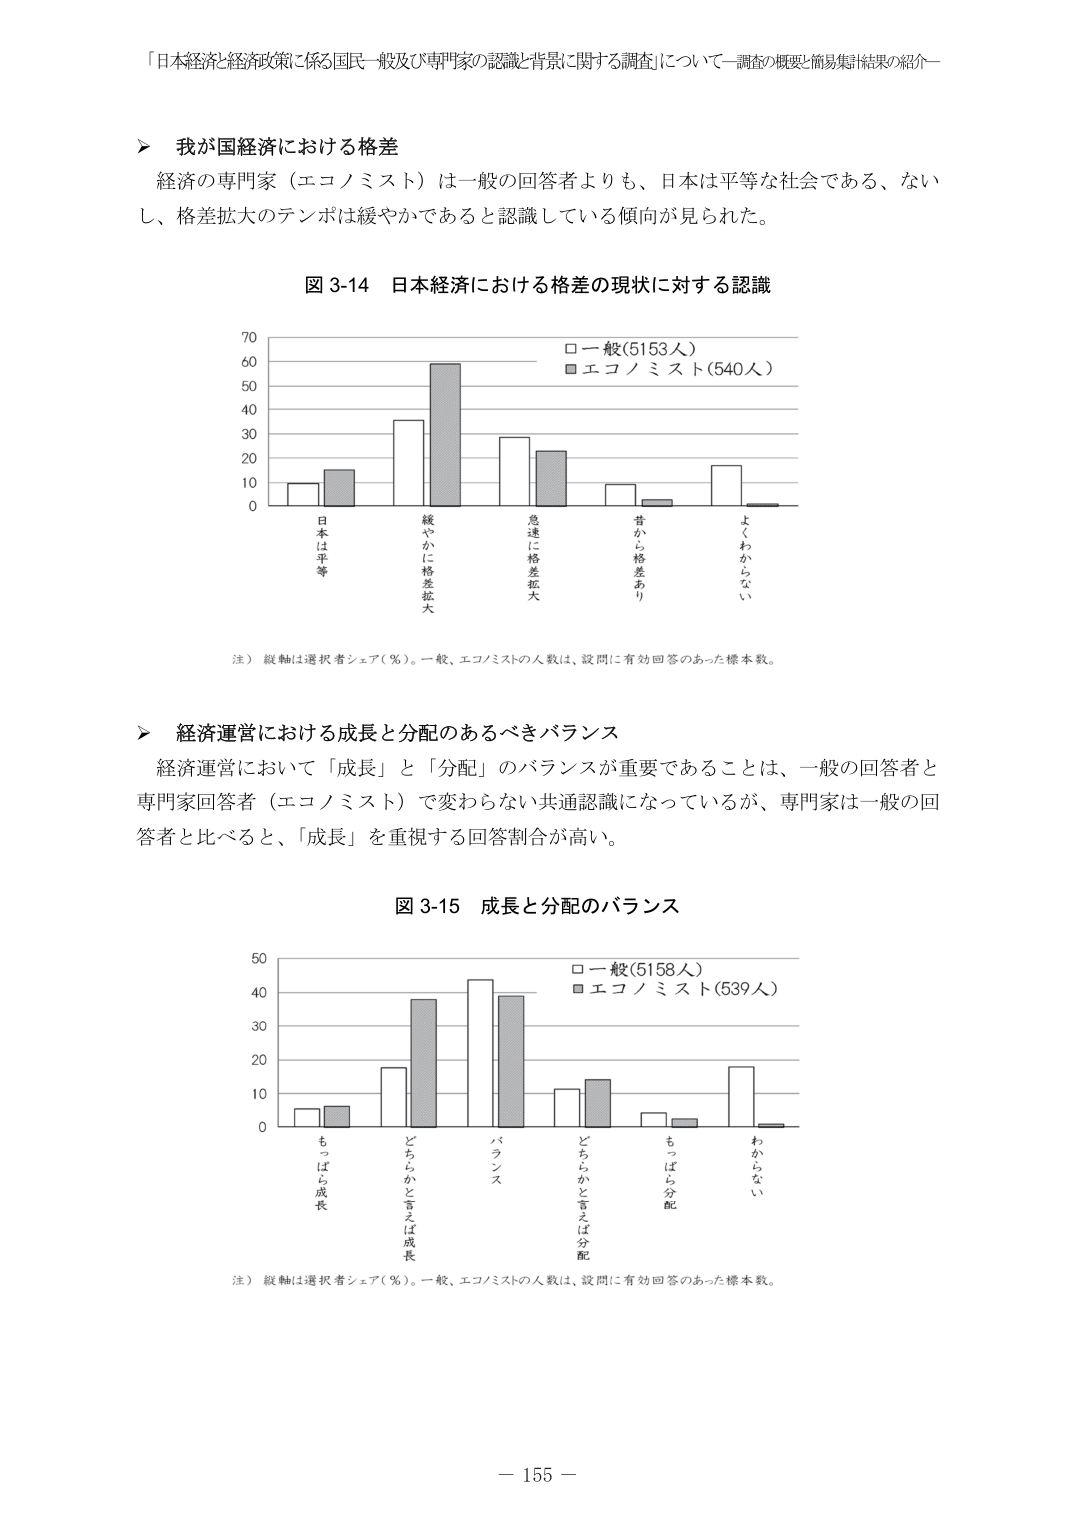
「日本経済と経済政策に係る国民一般及び専門家の認識と背景に関する調査」について－調査の概要と簡易集計結果の紹介－

▶ 我が国経済における格差
経済の専門家（エコノミスト）は一般の回答者よりも、日本は平等な社会である、ないし、格差拡大のテンポは緩やかであると認識している傾向が見られた。

図 3-14 日本経済における格差の現状に対する認識

70
60
50
40
30
20
10
0

□ 一般(5153人)
■ エコノミスト(540人)

日本は平等
緩やかに格差拡大
急速に格差拡大
昔から格差あり
よくわからない

注）縦軸は選択者シェア（％）。一般、エコノミストの人数は、設問に有効回答のあった標本数。

▶ 経済運営における成長と分配のあるべきバランス
経済運営において「成長」と「分配」のバランスが重要であることは、一般の回答者と専門家回答者（エコノミスト）で変わらない共通認識になっているが、専門家は一般の回答者と比べると、「成長」を重視する回答割合が高い。

図 3-15 成長と分配のバランス

50
40
30
20
10
0

□ 一般(5158人)
■ エコノミスト(539人)

もっぱら成長
どちらかと言えば成長
バランス
どちらかと言えば分配
もっぱら分配
わからない

注）縦軸は選択者シェア（％）。一般、エコノミストの人数は、設問に有効回答のあった標本数。

－ 155 －